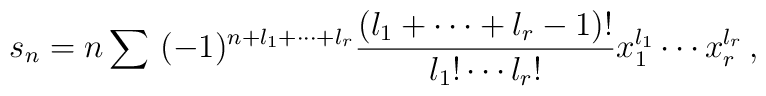
s_n=n\sum \ (-1)^{n+l_1+\cdots+l_r} \frac{(l_1+\cdots+l_r-1)!}{l_1!\cdots l_r!} x_1^{l_1}\cdots x_r^{l_r}\,,